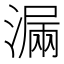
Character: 𣼣